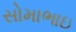
સોમાભાઇ